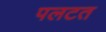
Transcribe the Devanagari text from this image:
पलटत